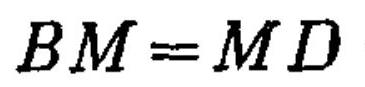
\(BM = MD\)